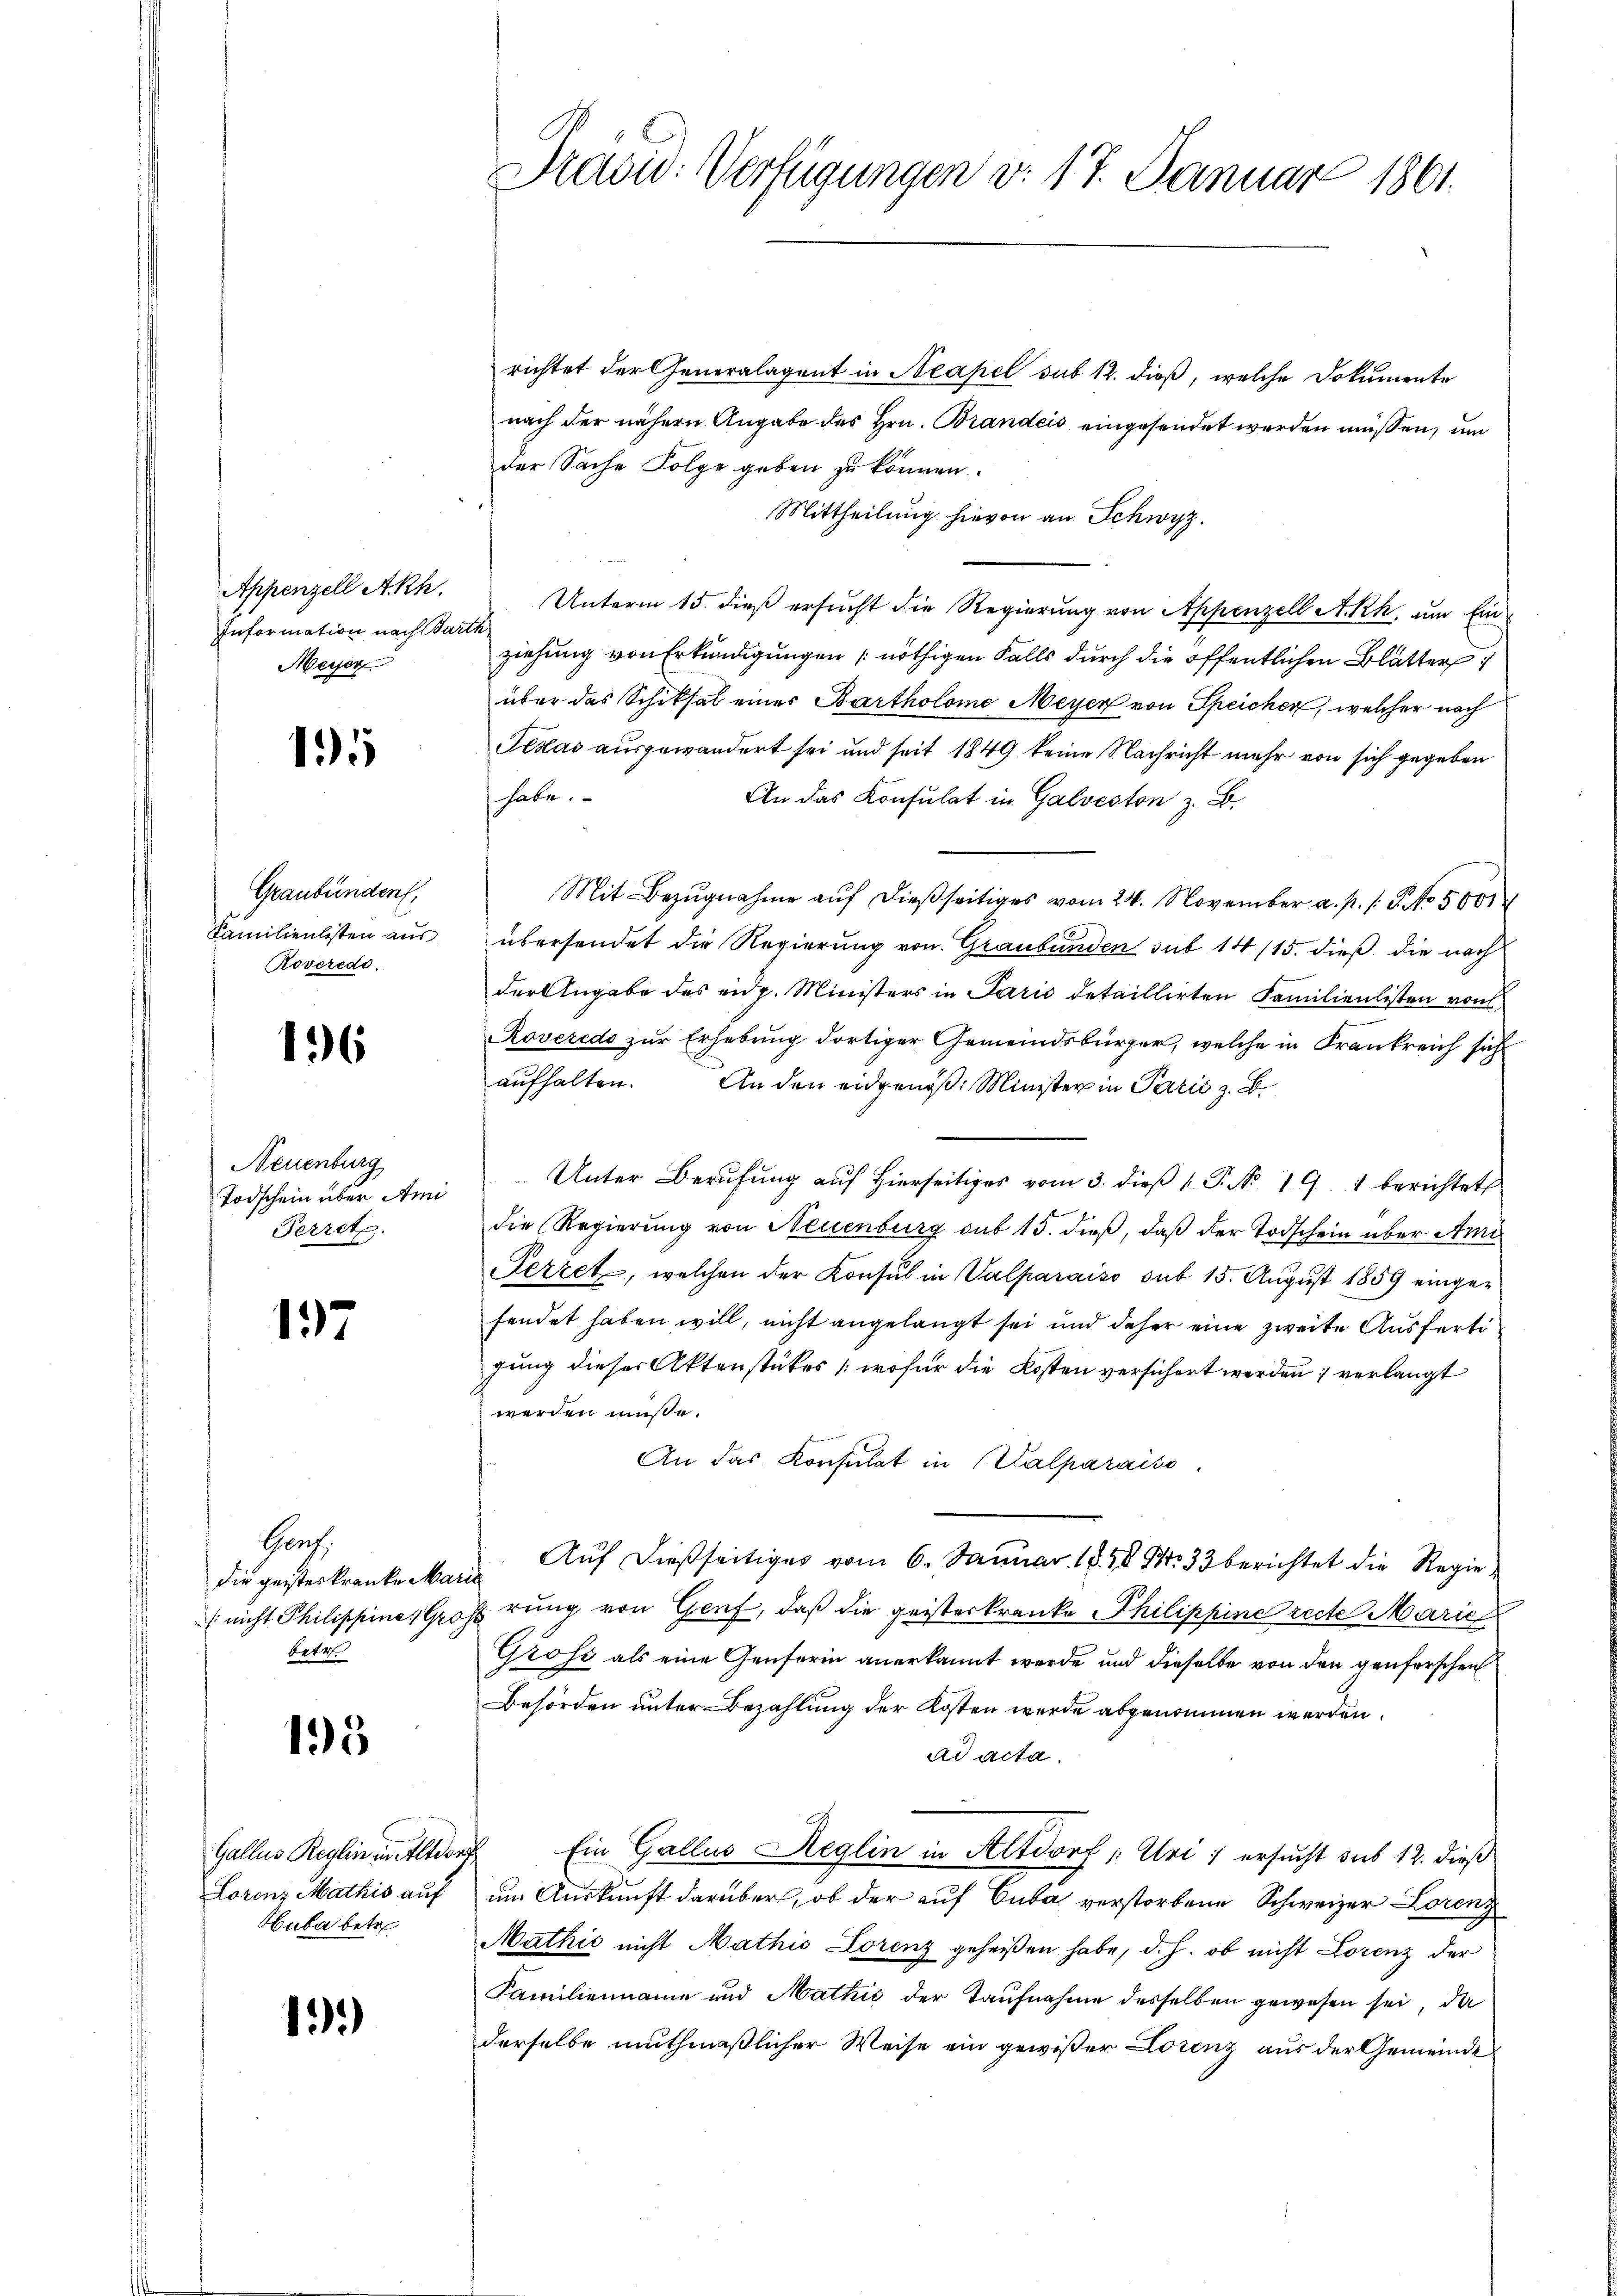
Appenzell Akh.
Information nach da¬
Meyer

15

Graubünden,
Familienlisten aus
Roverede.

136

Neuenburg
Todschein über Ami
Perret.

137

Hanz.
Die geistes kranke Mar
/ nicht Philippine; Gri
bete

135

Gallus Reglin in Altdor
Lorenz Mathis auf
Huba betr

13)

Pravio: Verfügungen v. 17. Januar 1861.

richtet der Generalagent in Neapel sub 12. dieß, welche Dokumente
nach der nähern Angabe des Hrn. Brandeis eingesendet werden müssen, um
der Sache Folge geben zu können.
Mittheilung hievon an Schwyz.
Unterm 15. dieß ersucht die Regierung von Appenzell Akh, um Einziehung von Erkundigungen nöthigen Falls durch die öffentlichen Blätter
über das Schiksal einer Bartholome Meyer von Speicher, welcher nach
Pedas ausgewandert sei und seit 1849 keine Nachricht mehr von sich gegeben
habe.
An das Konsulat in Galveston z. B.
Mit Bezugnahme auf dießseitiges vom 24. November a. p. / 5. No. 5001
übersendet die Regierung von Graubünden sub 14 (15. dieß, die nach
der Angabe des eng. Ministers in Parić detaillirten Familienlisten von
Roveredo zur Erhebung dortiger Gemeindsbürger, welche in Frankreich sich
aufhalten. An den eidgenöß: Minister in Parić z. B.
Unter Berufung auf hierseitiges vom 3. dieβ P. Nr. 19. 1 berichtet
die Regierung von Neuenburg sub 15. dieß, daß der Todschein über An¬
Pezzet, welchen der Konsul in Valparaiso sub 15. August 1859 eingefendet haben will, nicht angelangt sei und daher eine zweite Ausfertigung dieser Aktenstückes (wofür die Kosten versichert werden; verlangt
werden müsse.
An das Konsulat in Kalparaiso
Auf dießseitiges vom 6. Januar 1858 No 33 berichtet die Regieprung von Genf, daß die geisterkranke Philippine recte Marie
Gross als eine Genferin anerkannt werde und dieselbe von den genferschen
Behörden unter Bezahlung der Kosten werde abgenommen werden.
ad acta.
" Ein Gallus Reglin in Altdorf (: Uri u ersucht sub 12. dieß
um Auskunft darüber, ob der auf Cuba verstorbene Schweizer Lorenz
Mathić nicht Mathis Lorenz geheißen habe, d. h. ob nicht Lorenz der
Familienname und Mathić der Taufnahme desselben gewesen sei, da
derselbe muthmaßlicher Weise ein gewißer Lorenz aus der Gemeinde